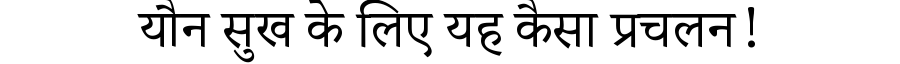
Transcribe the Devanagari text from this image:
यौन सुख के लिए यह कैसा प्रचलन!